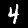
Label: 4